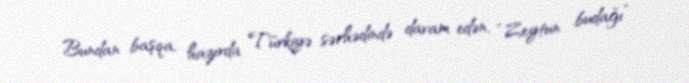
Bundan başqa, hazırda Türkiyə sərhədində davam edən, “Zeytun budağı”